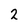
Character: 2